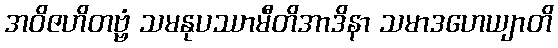
အဝိဇဟိတဗ္ဗံ သမနုပဿာမီတိအာဒိနာ သမာဒဟေယျာတိ